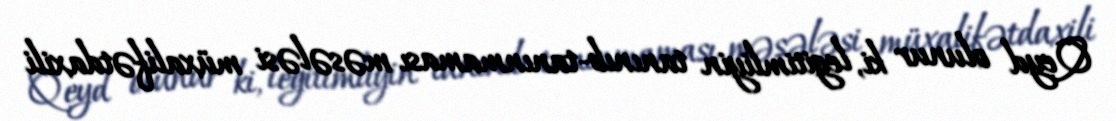
Qeyd olunur ki, legitimliyin tanınıb-tanınmaması məsələsi müxalifətdaxili